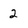
Character: 2